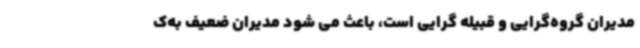
مدیران گروه‌گرایی و قبیله گرایی است، باعث می شود مدیران ضعیف به‌ک